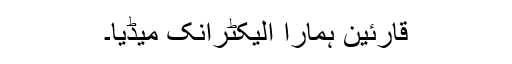
قارئین ہمارا الیکٹرانک میڈیا۔